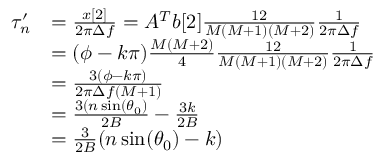
\begin{array} { r l } { \tau _ { n } ^ { \prime } } & { = \frac { x [ 2 ] } { 2 \pi \Delta f } = A ^ { T } b [ 2 ] \frac { 1 2 } { M ( M + 1 ) ( M + 2 ) } \frac { 1 } { 2 \pi \Delta f } } \\ & { = ( \phi - k \pi ) \frac { M ( M + 2 ) } { 4 } \frac { 1 2 } { M ( M + 1 ) ( M + 2 ) } \frac { 1 } { 2 \pi \Delta f } } \\ & { = \frac { 3 ( \phi - k \pi ) } { 2 \pi \Delta f ( M + 1 ) } } \\ & { = \frac { 3 ( n \sin ( \theta _ { 0 } ) } { 2 B } - \frac { 3 k } { 2 B } } \\ & { = \frac { 3 } { 2 B } ( n \sin ( \theta _ { 0 } ) - k ) } \end{array}